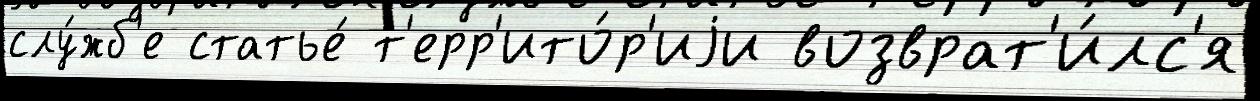
слу́жб'е статье́ т'ерр'ито́р'иjи возврат'и́лс'я